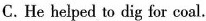
C.He helped to dig for coal.